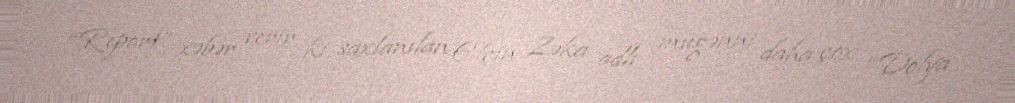
“Report” xəbər verir ki, saxlanılan Elçin Zəka adlı müğənni daha çox “Dolya